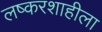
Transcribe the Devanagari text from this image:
लष्करशाहीला